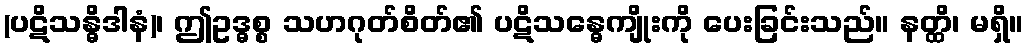
(ပဋိသန္ဓိဒါနံ)၊ ဤဥဒ္ဓစ္စ သဟဂုတ်စိတ်၏ ပဋိသန္ဓေကျိုးကို ပေးခြင်းသည်။ နတ္ထိ၊ မရှိ။